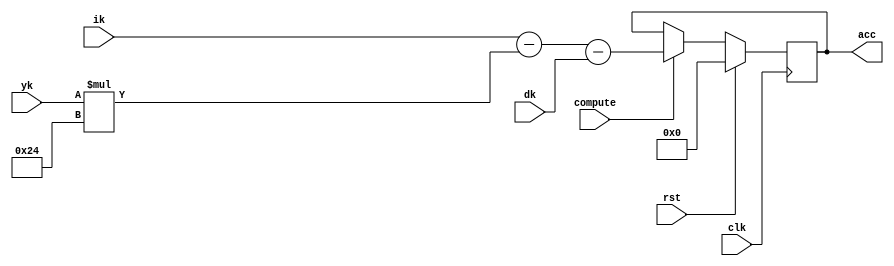
`timescale 1ns / 1ps
//////////////////////////////////////////////////////////////////////////////////
// Company: 
// Engineer: 
// 
// Design Name: 
// Module Name:    IPD_compute 
// Project Name: 
// Target Devices: 
// Tool versions: 
// Description: 
//
// Dependencies: 
//
// Revision: 
// Revision 0.01 - File Created
// Additional Comments: 
//
//////////////////////////////////////////////////////////////////////////////////
module IPD_compute(clk, rst, compute, ik, yk, dk, acc);
	input clk, rst, compute;            // compute para q calcule la accion total del ipd cuando asi se le pida
	input signed [16:0] ik;
	input signed [8:0] yk;
	input signed [18:0] dk;
	output reg [18:0] acc;              // accion total del i_pd, salida del i_pd
	
localparam signed [6:0] KP = 7'd36;

always @ (posedge clk)
	if (rst)
		acc = 19'b0;
	else begin
		if (compute)
			acc = (ik - (yk * KP) - dk);  // calculo de la salida del i_pd cuando asi se le solicite
		else 
			acc = acc;                    // se mantiene el valor de acc anterior si no llega la seal de control para realizar un nuevo calculo
	end

endmodule